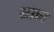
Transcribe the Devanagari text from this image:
माता